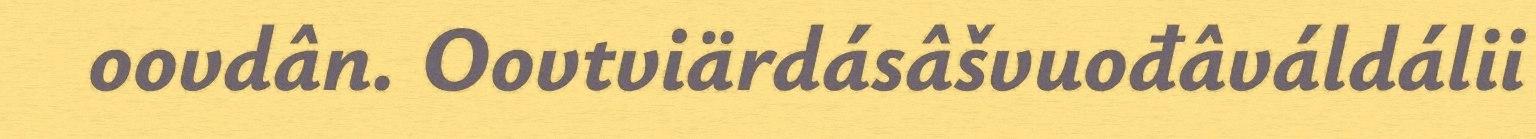
oovdân. Oovtviärdásâšvuođâváldálii